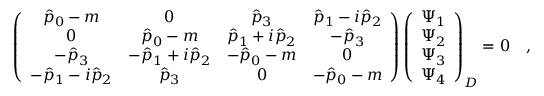
\left( \begin{array} { c c c c } { { \hat { p } _ { 0 } - m } } & { { 0 } } & { { \hat { p } _ { 3 } } } & { { \hat { p } _ { 1 } - i \hat { p } _ { 2 } } } \\ { { 0 } } & { { \hat { p } _ { 0 } - m } } & { { \hat { p } _ { 1 } + i \hat { p } _ { 2 } } } & { { - \hat { p } _ { 3 } } } \\ { { - \hat { p } _ { 3 } } } & { { - \hat { p } _ { 1 } + i \hat { p } _ { 2 } } } & { { - \hat { p } _ { 0 } - m } } & { { 0 } } \\ { { - \hat { p } _ { 1 } - i \hat { p } _ { 2 } } } & { { \hat { p } _ { 3 } } } & { { 0 } } & { { - \hat { p } _ { 0 } - m } } \end{array} \right) \left( \begin{array} { c c c c } { { \Psi _ { 1 } } } \\ { { \Psi _ { 2 } } } \\ { { \Psi _ { 3 } } } \\ { { \Psi _ { 4 } } } \end{array} \right) _ { D } = 0 \quad ,